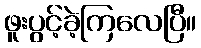
ဖူးပွင့်ခဲ့ကြလေပြီ။